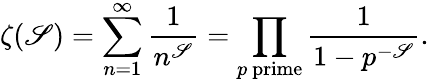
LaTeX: \zeta(\mathscr{S})=\sum_{n=1}^{\infty}{\frac{{1}}{{n^{\mathscr{S}}}}}=\prod_{p{\mathrm{{~prime}}}}{\frac{{1}}{{1-p^{-\mathscr{S}}}}}.